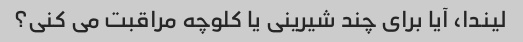
لیندا، آیا برای چند شیرینی یا کلوچه مراقبت می کنی؟